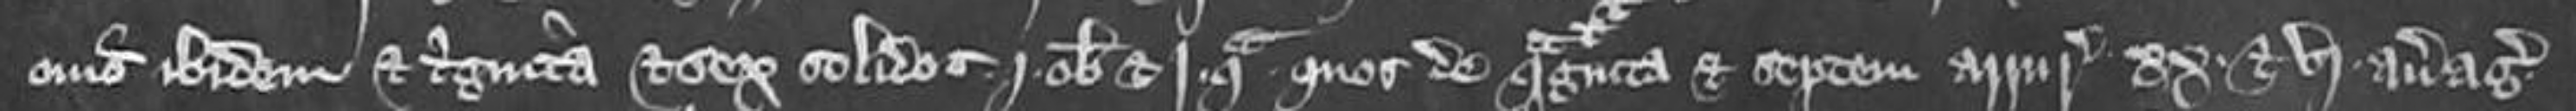
ovis ibidem et triginta et sex solidos j obolum et j quadrantam quos de quadraginta et septem arruris xx et vj averagiis